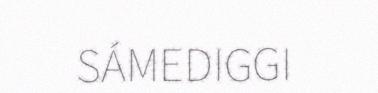
SÁMEDIGGI